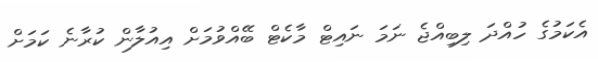
އެކަމުގެ ހުއްދަ ލިބިއްޖެ ނަމަ ނައިޓް މާކެޓް ބޭއްވުމަށް އިއުލާން ކުރާނެ ކަމަށް